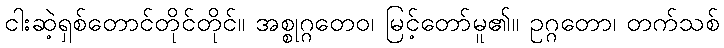
ငါးဆဲ့ရှစ်တောင်တိုင်တိုင်။ အစ္စုဂ္ဂတေဝ၊ မြင့်တော်မူ၏။ ဥဂ္ဂတော၊ တက်သစ်